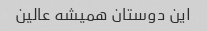
این دوستان همیشه عالین